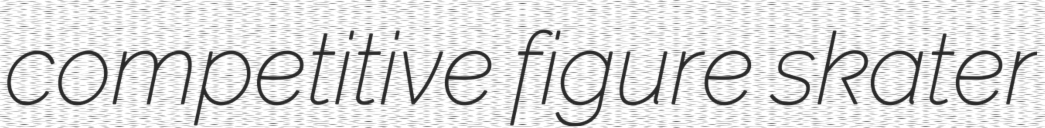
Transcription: competitive figure skater